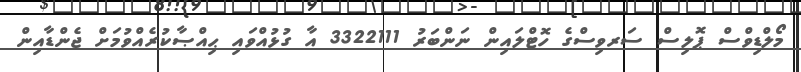
މޯލްޑިވްސް ޕޮލިސް ސަރވިސްގެ ހޮޓްލައިން ނަންބަރު 3322111 އާ ގުޅުއްވައި ޙިއްޞާކުރެއްވުމަށް ޖެންޑާއިން